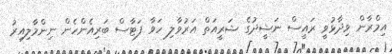
އިމްރާން ވިދާޅުވީ ރައީސް ނަޝީދުގެ ޝަރީއަތް އަރުވާލި ހަވާ ފަޓާސް ބަރިއެންހެން ނިންމާލިއިރު